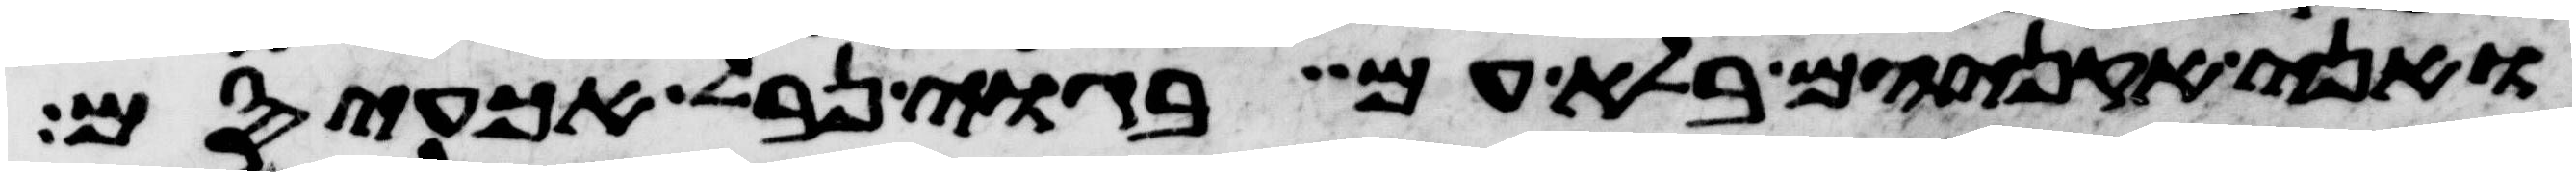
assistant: ואני אקניאם בלא עם בגוי נבל אכעיסם